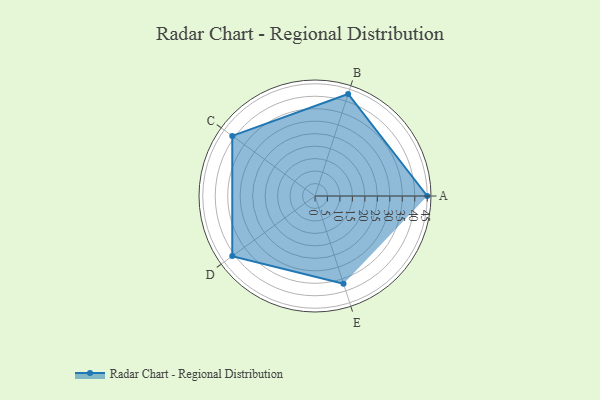
{"axis": {"x": "Skill", "y": "Score"}, "legend": ["Profile"], "data": [{"x": "A", "y": 45.0, "type": "Profile"}, {"x": "B", "y": 43.0, "type": "Profile"}, {"x": "C", "y": 41.0, "type": "Profile"}, {"x": "D", "y": 41.0, "type": "Profile"}, {"x": "E", "y": 37.0, "type": "Profile"}]}